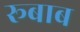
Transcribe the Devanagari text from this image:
रूबाब